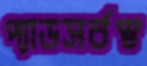
প্যাডসর্বস্ব